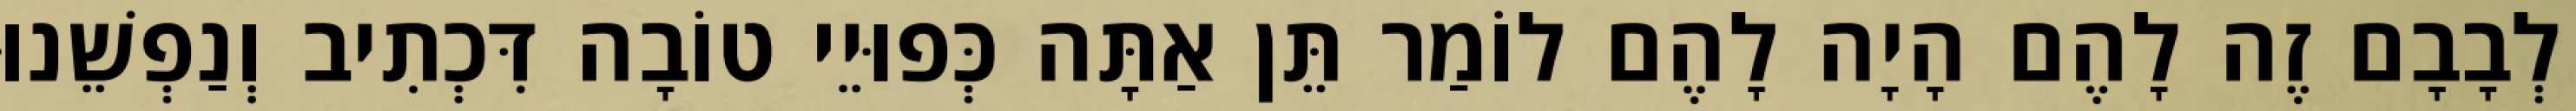
לְבָבָם זֶה לָהֶם הָיָה לָהֶם לוֹמַר תֵּן אַתָּה כְּפוּיֵי טוֹבָה דִּכְתִיב וְנַפְשֵׁנוּ